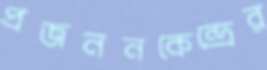
প্রজননকেন্দ্রের